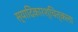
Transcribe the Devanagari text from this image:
स्यादिकारश्चित्कला